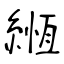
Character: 緪